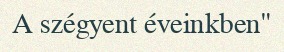
A szégyent éveinkben"